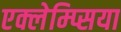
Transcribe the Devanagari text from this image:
एक्लेम्प्सिया